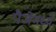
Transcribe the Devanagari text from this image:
पैजेमध्ये